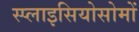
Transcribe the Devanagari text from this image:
स्प्लाइसियोसोमों